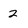
Character: 2